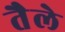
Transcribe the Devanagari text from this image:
तैले